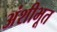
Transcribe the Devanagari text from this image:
अंशीभूत